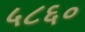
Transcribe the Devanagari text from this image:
५८६०